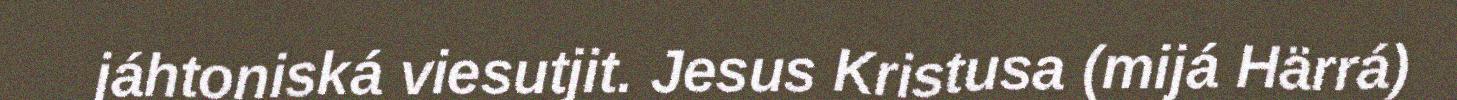
jáhtoniská viesutjit. Jesus Kristusa (mijá Härrá)